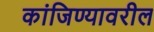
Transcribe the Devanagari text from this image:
कांजिण्यावरील